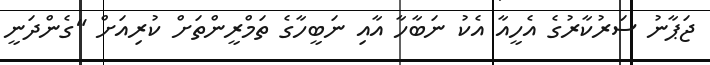
ޖަޕާނު ސަރުކާރުގެ އެހީއާ އެކު ނަބާހާ އާއި ނަބީހާގެ ތަމްރީންތަށް ކުރިއަށް "ގެންދަނީ